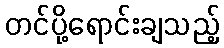
တင်ပို့ရောင်းချသည့်